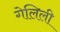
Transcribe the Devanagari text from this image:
गेलिली